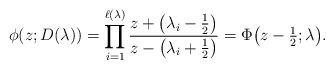
LaTeX: \begin{align*} \phi(z; D(\lambda))= \prod_{i=1}^{\ell(\lambda)} \frac{z+\big(\lambda_i-\frac{1}{2}\big)}{z-\big(\lambda_i+\frac{1}{2}\big)}= \Phi\big(z- \tfrac{1}{2};\lambda\big).\end{align*}